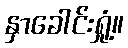
နှာခေါင်းရှုံ့။